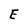
Character: E